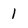
Character: 1